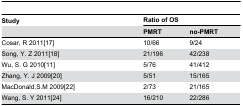
<table><thead><tr><td><b>Study</b></td><td colspan="2"><b>Ratio of OS</b></td></tr><tr><td></td><td><b>PMRT</b></td><td><b>no-PMRT</b></td></tr></thead><tbody><tr><td>Cosar, R 2011[17]</td><td>10/66</td><td>9/24</td></tr><tr><td>Song, Y. Z 2011[18]</td><td>21/196</td><td>42/238</td></tr><tr><td>Wu, S. G 2010[11]</td><td>5/76</td><td>41/412</td></tr><tr><td>Zhang, Y. J 2009[20]</td><td>5/51</td><td>15/165</td></tr><tr><td>MacDonald,S.M 2009[22]</td><td>2/73</td><td>21/165</td></tr><tr><td>Wang, S. Y 2011[24]</td><td>16/210</td><td>22/286</td></tr></tbody></table>